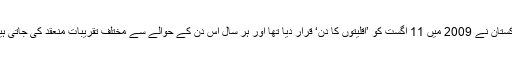
پاکستان نے 2009 میں 11 اگست کو ’اقلیتوں کا دن‘ قرار دیا تھا اور ہر سال اس دن کے حوالے سے مختلف تقریبات منعقد کی جاتی ہیں۔